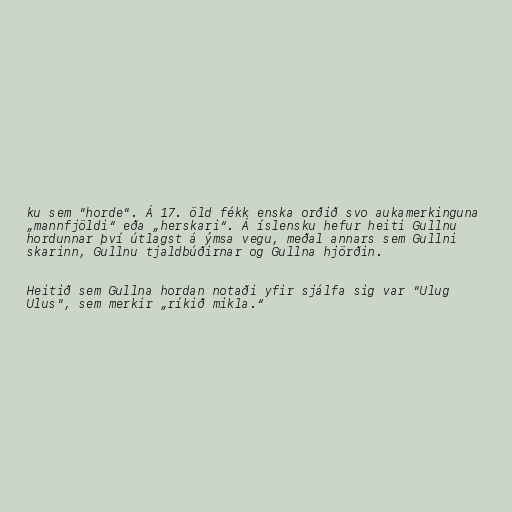
ku sem "horde". Á 17. öld fékk enska orðið svo aukamerkinguna
„mannfjöldi“ eða „herskari“. Á íslensku hefur heiti Gullnu
hordunnar því útlagst á ýmsa vegu, meðal annars sem Gullni
skarinn, Gullnu tjaldbúðirnar og Gullna hjörðin.

Heitið sem Gullna hordan notaði yfir sjálfa sig var "Ulug
Ulus", sem merkir „ríkið mikla.“